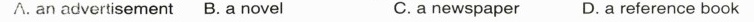
∧. an advertisement B. A novel C.a newspaper D.a reference book